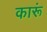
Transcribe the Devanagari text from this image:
कारूं